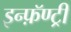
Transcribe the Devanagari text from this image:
इन्फ़ॅण्ट्री